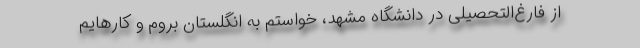
از فارغ‌التحصیلی در دانشگاه مشهد، خواستم به انگلستان بروم و کارهایم